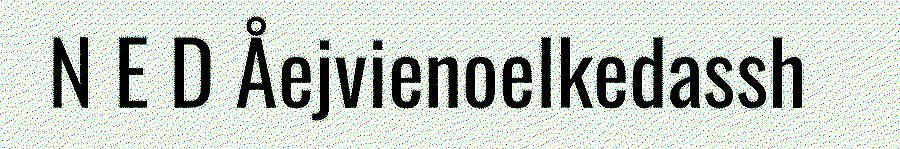
N E D Åejvienoelkedassh